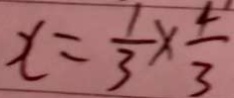
x = \frac { 1 } { 3 } \times \frac { 4 } { 3 }